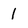
Character: 1